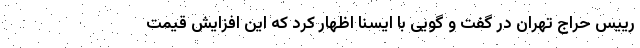
رییس حراج تهران در گفت و گویی با ایسنا اظهار کرد که این افزایش قیمت